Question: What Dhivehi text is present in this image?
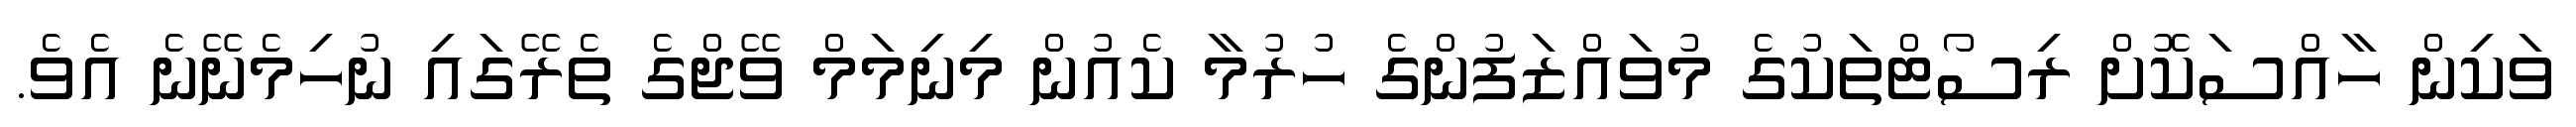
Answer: ވަކިން ހާއްސަކޮށް ރިސޯޓްތަކުގެ މުވައްޒަފުންގެ ހުރުމާ ކެއުން މިނިމަމް ވޭޖްގެ ތެރޭގައި ނުހިމެނޭނެ އެވެ.